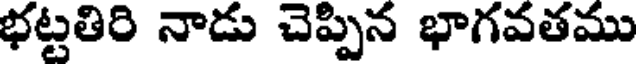
భట్టతిరి నాడు చెప్పిన భాగవతము